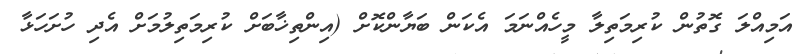
އަމިއްލަ ގޮތުން ކުރިމަތިލާ މީހެއްނަމަ އެކަން ބަޔާންކޮށް (އިންތިޚާބަށް ކުރިމަތިލުމަށް އެދި ހުށަހަޅާ